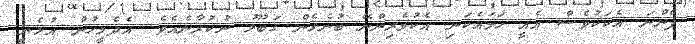
ފެންނަ އެކަކުވެސް އެއީ ހަމައެކަނި އެކުވެރިންނޭ ބުނެގެން ގަބޫލު ނުކުރާނެއެވެ. އެދެމީހުން އުޅެނީ